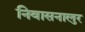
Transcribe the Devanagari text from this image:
निवासनालुर